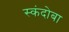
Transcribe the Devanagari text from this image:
स्कंदोबा